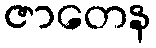
ဇာတေန